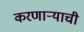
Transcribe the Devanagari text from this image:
करणाऱ्याची